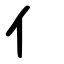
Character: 亻